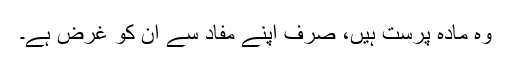
وہ مادہ پرست ہیں، صرف اپنے مفاد سے ان کو غرض ہے۔